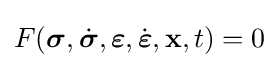
F({\boldsymbol {\sigma }},{\dot {\boldsymbol {\sigma }}},{\boldsymbol {\varepsilon }},{\dot {\boldsymbol {\varepsilon }}},\mathbf {x} ,t)=0